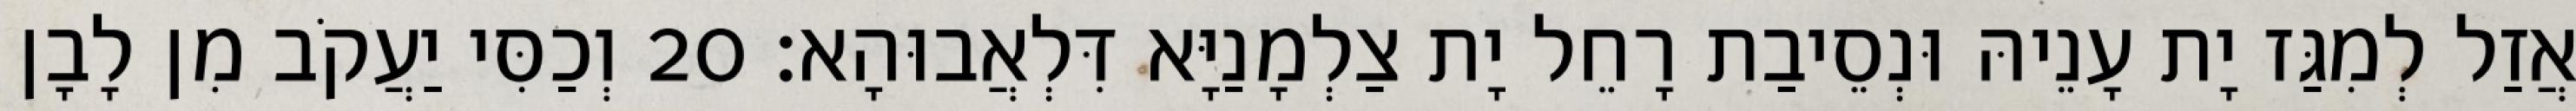
אֲזַל לְמִגַּז יָת עָנֵיהּ וּנְסֵיבַת רָחֵל יָת צַלְמָנַיָּא דִּלְאֲבוּהָא׃ 20 וְכַסִּי יַעֲקֹב מִן לָבָן